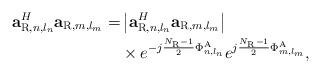
LaTeX: \begin{align*}\begin{aligned} {\bf{a}}_{{\rm{R}},n,{l_n}}^H{{\bf{a}}_{{\rm{R}},m,{l_m}}}=& \left| {{\bf{a}}_{{\rm{R}},n,{l_n}}^H{{\bf{a}}_{{\rm{R}},m,{l_m}}}} \right|\\ &\times {e^{ - j\frac{{{N_{\rm{R}}} - 1}}{2}\Phi _{n,l_n}^{\rm{A}}}} {e^{j\frac{{{N_{\rm{R}}} - 1}}{2}\Phi _{m,l_m}^{\rm{A}}}}, \end{aligned}\end{align*}